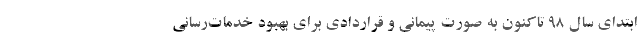
ابتدای سال ۹۸ تاکنون به صورت پیمانی و قراردادی برای بهبود خدمات‌رسانی